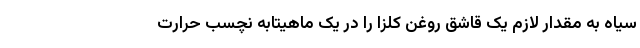
سیاه به مقدار لازم یک قاشق روغن کلزا را در یک ماهیتابه نچسب حرارت